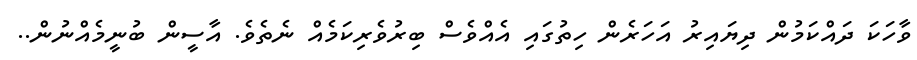
ވާހަކަ ދައްކަމުން ދިޔައިރު އަހަރެން ހިތުގައި އެއްވެސް ބިރުވެރިކަމެއް ނެތެވެ. އާސީން ބުނީމެއްނުން..